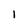
Character: l